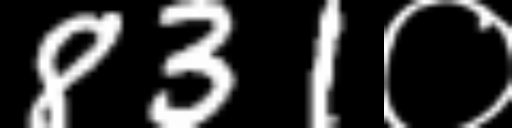
Text: 831०